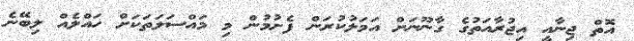
އޮތް ޖިނާއީ އިޖުރާއަތުގެ ގާނޫނަށް އަމަލުކުރަން ފެށުމުން މި މައްސަލަތަކަށް ހައްލެއް ލިބޭނެ